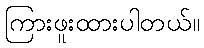
ကြားဖူးထားပါတယ်။